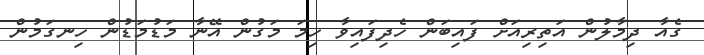
ގެއާ ދިމާލުން އަތިރިއަށް ފައިބަން ހެދިފައިވާ ހިމަ މަގުން އޭނާ މަޑުމަޑުން ހިނގަމުން